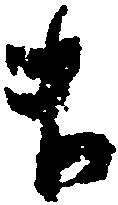
ま